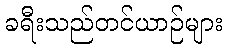
ခရီးသည်တင်ယာဉ်များ